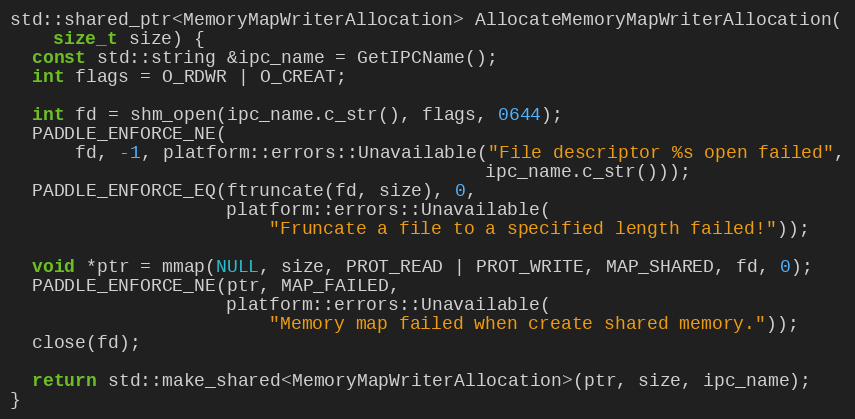
Language: C++
std::shared_ptr<MemoryMapWriterAllocation> AllocateMemoryMapWriterAllocation(
    size_t size) {
  const std::string &ipc_name = GetIPCName();
  int flags = O_RDWR | O_CREAT;

  int fd = shm_open(ipc_name.c_str(), flags, 0644);
  PADDLE_ENFORCE_NE(
      fd, -1, platform::errors::Unavailable("File descriptor %s open failed",
                                            ipc_name.c_str()));
  PADDLE_ENFORCE_EQ(ftruncate(fd, size), 0,
                    platform::errors::Unavailable(
                        "Fruncate a file to a specified length failed!"));

  void *ptr = mmap(NULL, size, PROT_READ | PROT_WRITE, MAP_SHARED, fd, 0);
  PADDLE_ENFORCE_NE(ptr, MAP_FAILED,
                    platform::errors::Unavailable(
                        "Memory map failed when create shared memory."));
  close(fd);

  return std::make_shared<MemoryMapWriterAllocation>(ptr, size, ipc_name);
}